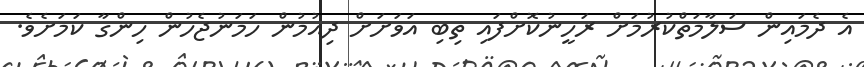
އެ ދެމައިން ސަލާމަތްކުރުމަށް ރަހީނުކޮށްފައި ތިބި އަވަށަށް ދިއުމުން ހަމަނުޖެހުން ހިންގާ ކަމަށެވެ.